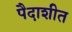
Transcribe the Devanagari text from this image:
पैदाशीत